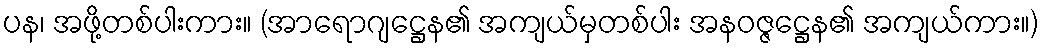
ပန၊ အဖို့တစ်ပါးကား။ (အာရောဂျဋ္ဌေန၏ အကျယ်မှတစ်ပါး အနဝဇ္ဇဋ္ဌေန၏ အကျယ်ကား။)